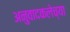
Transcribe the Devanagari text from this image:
अनुवादकलेच्या